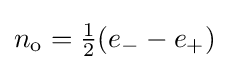
n_{\text{o}}={\tfrac {1}{2}}(e_{-}-e_{+})